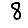
Digit: 8